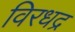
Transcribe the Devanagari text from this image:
विरधद्र